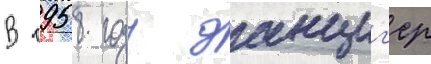
В 1958 году данциг'ер